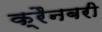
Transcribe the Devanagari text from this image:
क्रैनबरी